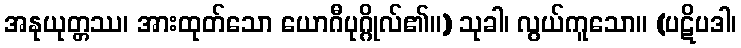
အနုယုတ္တဿ၊ အားထုတ်သော ယောဂီပုဂ္ဂိုလ်၏။) သုခါ၊ လွယ်ကူသော။ (ပဋိပဒါ၊